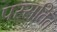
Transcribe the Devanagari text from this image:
पस्सतित